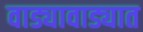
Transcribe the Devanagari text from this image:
वाड्यावाड्यात